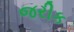
જરીક